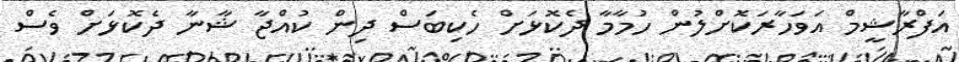
އަފްރާޝީމް އަވަހާރަކޮށްލުން ހުމާމާ ދެކޮޅަށް ހެކިބަސް ދިން ކުއްޖާ ޝާނާ ދެކޮޅަށް ވެސް